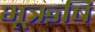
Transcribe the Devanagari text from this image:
भूऋषि